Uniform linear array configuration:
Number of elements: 32
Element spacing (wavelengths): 0.5
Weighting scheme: kaiser
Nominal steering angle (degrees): -15
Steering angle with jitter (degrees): -14.848
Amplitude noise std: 0.05
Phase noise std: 0.05

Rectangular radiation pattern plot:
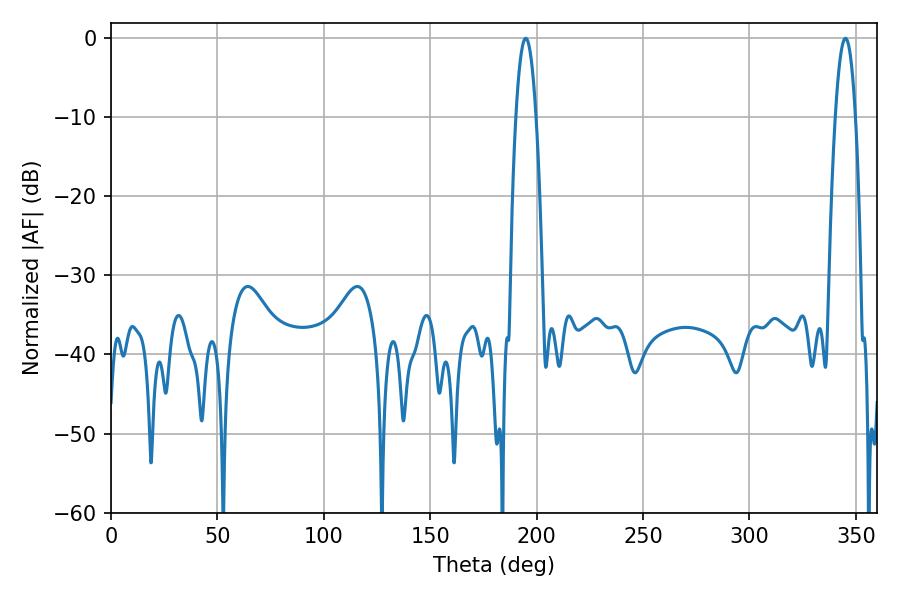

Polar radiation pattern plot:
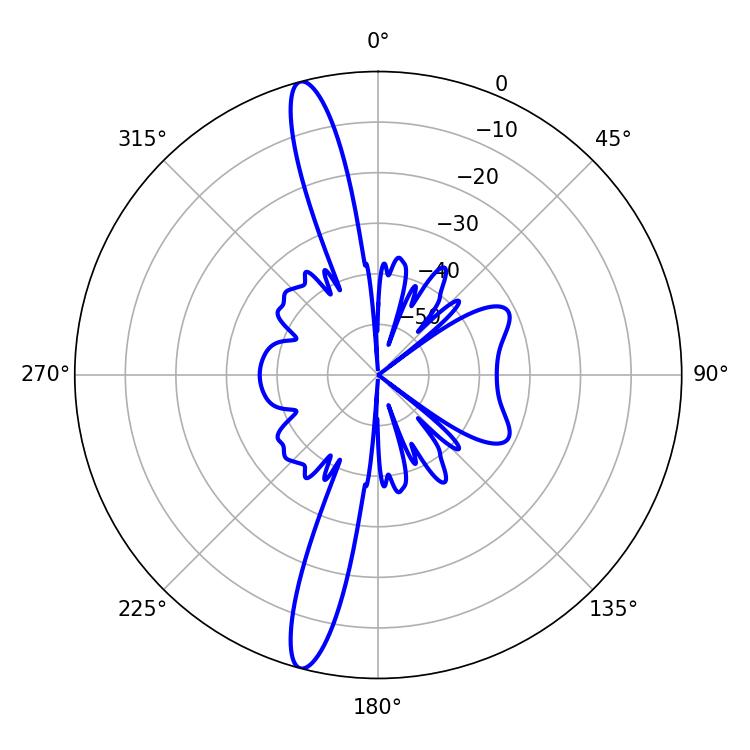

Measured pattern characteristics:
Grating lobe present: FALSE
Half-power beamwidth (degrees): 5.22
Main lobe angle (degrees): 345.06